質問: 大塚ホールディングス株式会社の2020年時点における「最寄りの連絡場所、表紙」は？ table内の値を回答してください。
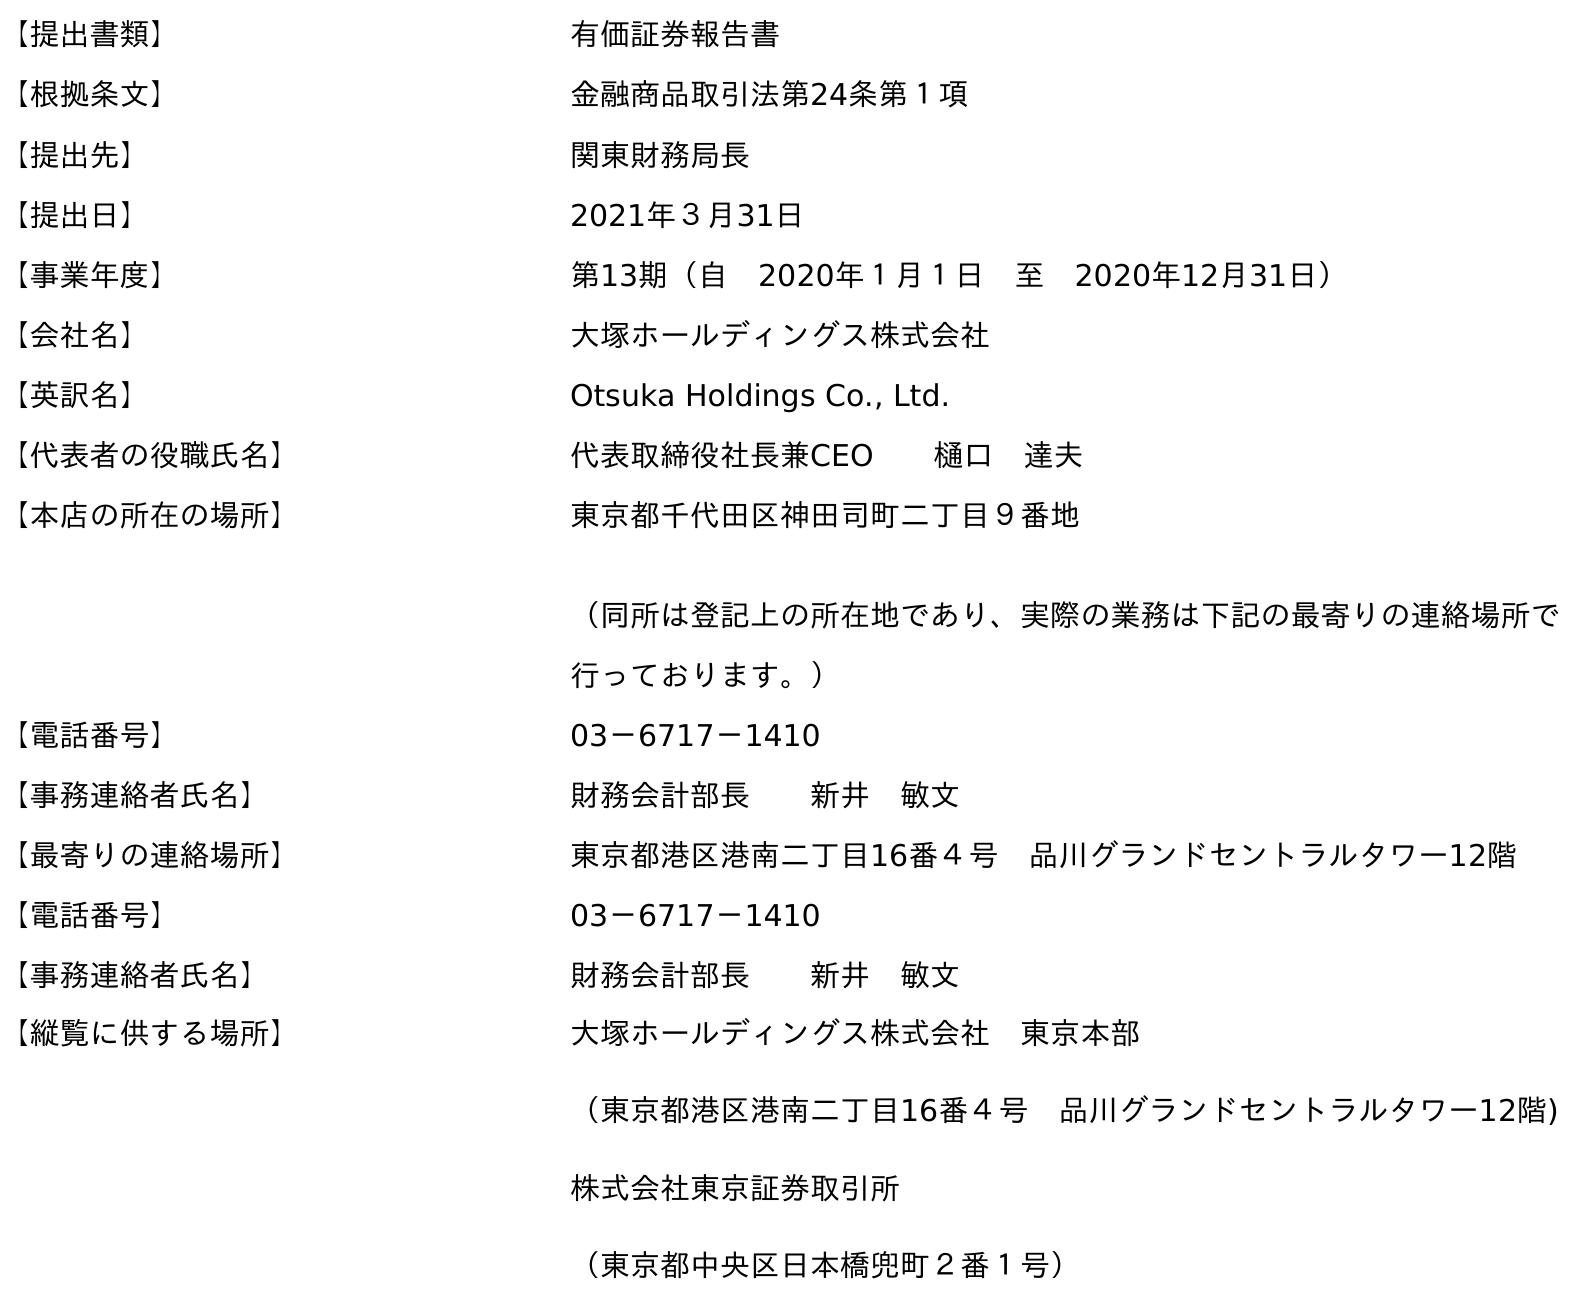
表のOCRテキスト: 【提出書類】 有価証券報告書 【根拠条文】 金融商品取引法第24条第１項 【提出先】 関東財務局長 【提出日】 2021年３月31日 【事業年度】 第13期（自 2020年１月１日 至 2020年12月31日） 【会社名】 大塚ホールディングス株式会社 【英訳名】 Otsuka Holdings Co., Ltd. 【代表者の役職氏名】 代表取締役社長兼CEO  樋口 達夫 【本店の所在の場所】 東京都千代田区神田司町二丁目９番地 （同所は登記上の所在地であり、実際の業務は下記の最寄りの連絡場所で 行っております。） 【電話番号】 03－6717－1410 【事務連絡者氏名】 財務会計部長  新井 敏文 【最寄りの連絡場所】 東京都港区港南二丁目16番４号 品川グランドセントラルタワー12階 【電話番号】 03－6717－1410 【事務連絡者氏名】 財務会計部長  新井 敏文 【縦覧に供する場所】 大塚ホールディングス株式会社 東京本部 （東京都港区港南二丁目16番４号 品川グランドセントラルタワー12階) 株式会社東京証券取引所 （東京都中央区日本橋兜町２番１号）
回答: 東京都港区港南二丁目16番４号　品川グランドセントラルタワー12階